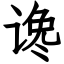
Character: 谗